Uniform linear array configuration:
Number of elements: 48
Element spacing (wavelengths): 0.25
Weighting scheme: exponential
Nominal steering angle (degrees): -15
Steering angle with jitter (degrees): -15.216
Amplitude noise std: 0.05
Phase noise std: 0.05

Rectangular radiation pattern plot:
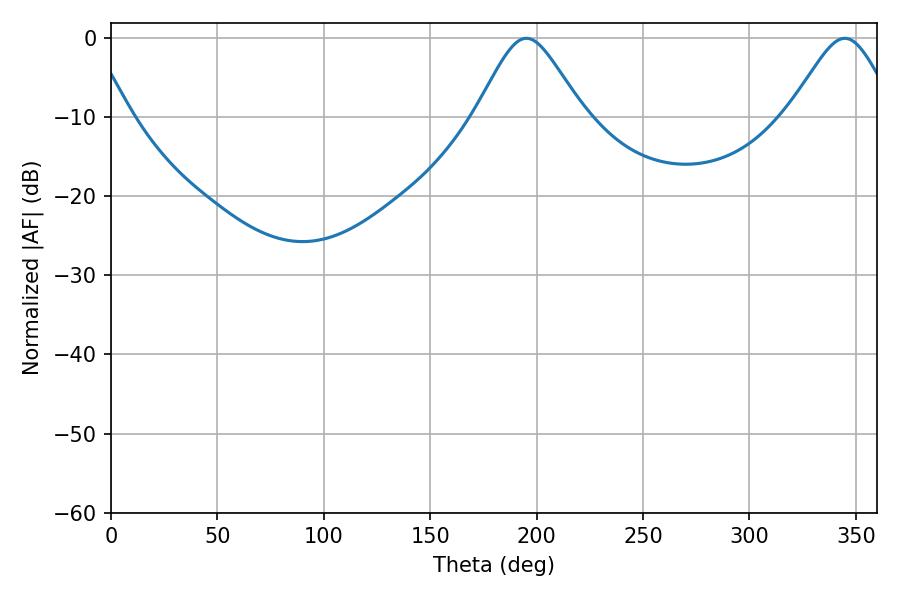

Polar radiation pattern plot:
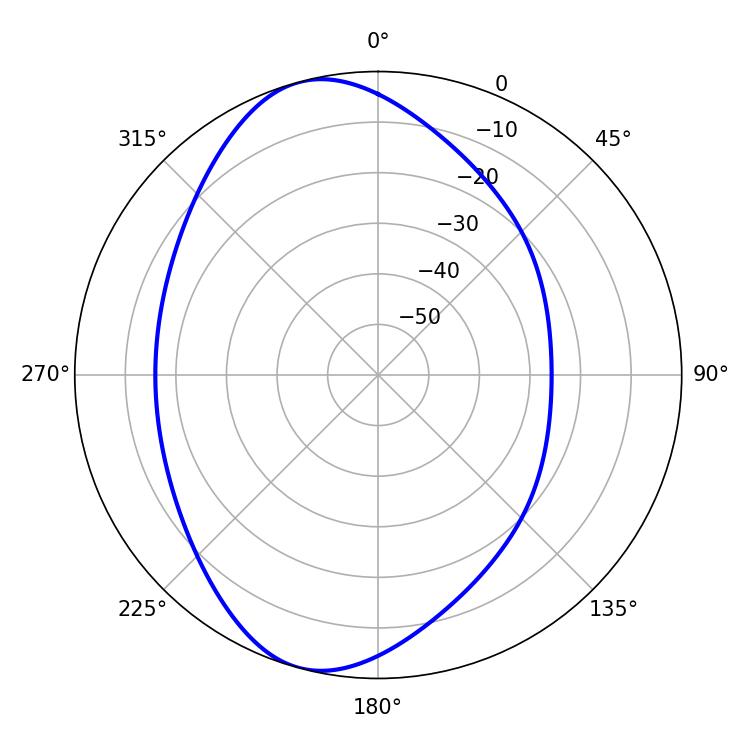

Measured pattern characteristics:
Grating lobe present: FALSE
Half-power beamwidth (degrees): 24.48
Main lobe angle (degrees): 195.12